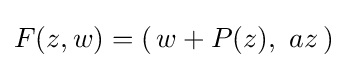
F(z,w)=(\,w+P(z),\ az\,)